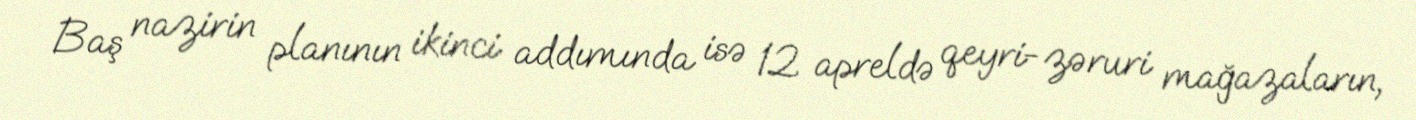
Baş nazirin planının ikinci addımında isə 12 apreldə qeyri-zəruri mağazaların,